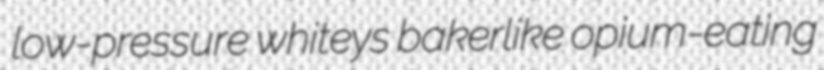
low-pressure whiteys bakerlike opium-eating